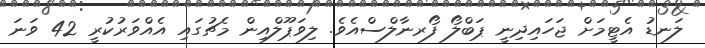
ލަނޑު އެޓީމަށް ޖަހައިދިނީ ޕަބްލޯ ފޯރނާލްސްއެވެ. ލިވަޕޫލްއިން މެޗުގައި އެއްވަރުކުރީ 42 ވަނަ